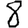
Digit: 8